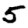
Digit: 5